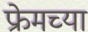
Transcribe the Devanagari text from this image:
फ्रेमच्या